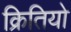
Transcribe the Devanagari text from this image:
क्रितियो